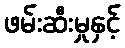
ဖမ်းဆီးမှုနှင့်